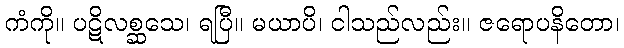
ကံကို။ ပဋိလစ္ဆသေ၊ ရပြီ။ မယာပိ၊ ငါသည်လည်း။ ဇရောပနိတော၊